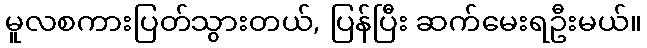
မူလစကားပြတ်သွားတယ်, ပြန်ပြီး ဆက်မေးရဦးမယ်။